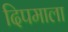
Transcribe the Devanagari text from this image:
दिपमाला